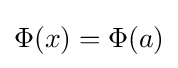
\Phi (x)=\Phi (a)